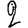
Digit: 2